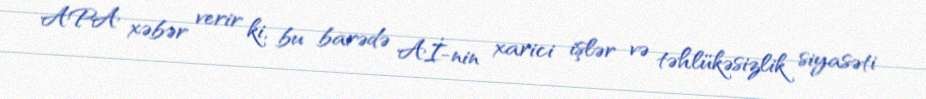
APA xəbər verir ki, bu barədə Aİ-nin xarici işlər və təhlükəsizlik siyasəti